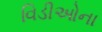
વિડીઓના